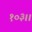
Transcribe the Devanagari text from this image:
१०३।।